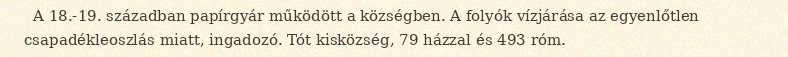
A 18.-19. században papírgyár működött a községben. A folyók vízjárása az egyenlőtlen csapadékleoszlás miatt, ingadozó. Tót kisközség, 79 házzal és 493 róm.